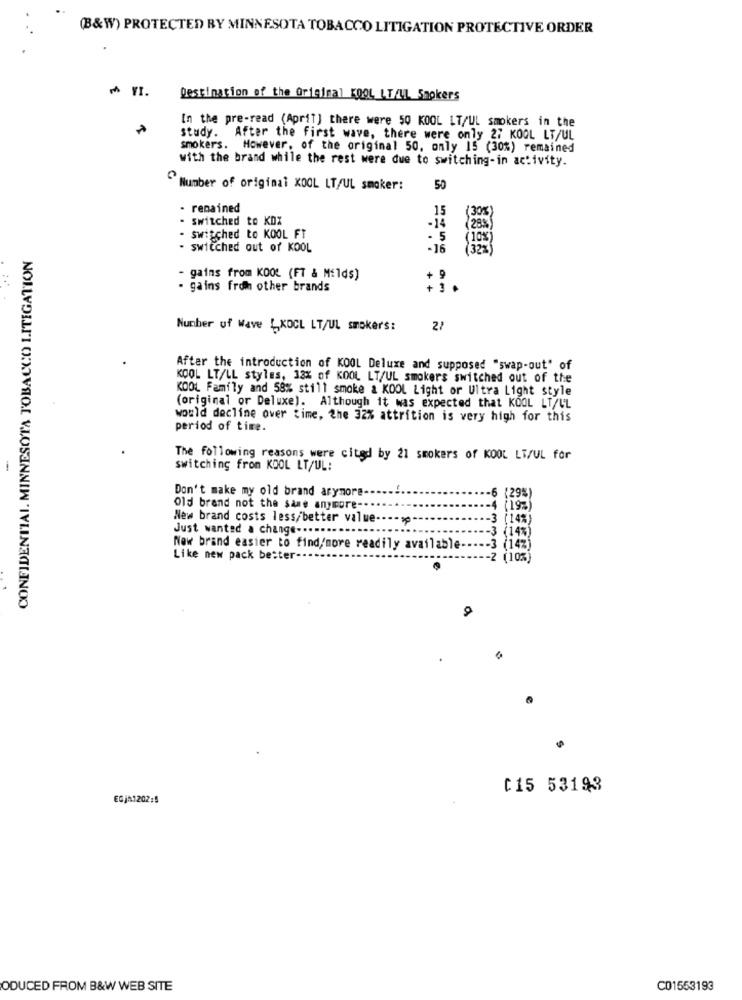
(B&W) PROTECTED BY MINNESOTA TOBACCO LITIGATION PROTECTIVE ORDER
Destination of the Original KOOL L.T/UL_Smokers
In the pre-read (April) there were 50 KOOL LT/UL smokers in the
study. After the first wave, there were only 27 KOGL LT/UL
smokers. However, of the original 50, only 15 (30%) remained
with the brand while the rest were due to switching-in activity.
Number of original XOOL LT/UL smaker:
50
- remained
15
30%
- switched to KDX
-14
- switched to KOOL FT
- 5
CONFIDENTIAL. MINNESOTA TOBACCO LITIGATION
- switched out of KOOL
-16
- gains from KOOL (FT & Milds)
- gains froh other brands
+ +
Number of Wave LKOCL LT/UL smokers:
27
After the introduction of KOOL Deluxe and supposed "swap-out" of
KOOL LT/LL styles, 33% of KOOL LT/UL smokers switched out of the
KOOL Family and 58% still smoke a KOOL Light or Ultra Light style
(original or Deluxe). Although it was expected that KOOL LT/UL
would decline over time, the 32% attrition is very high for this
period of time.
The following reasons were cited by 21 smokers of KOOL LT/UL for
-
switching from KOOL LT/UL:
Don't make my old brand arymore-
-6 (29%)
Old brand not the same anymore-
-4 (19%)
New brand costs less/better value-
(14%)
Just wanted a change .....
--- 3 (14%)
Now brand easier to find/'more readily available ----- 3 (142)
Like new pack bester --
-- 2 (10%)
.
C15 53193
EGJA1202:5
ODUCED FROM B&W WEB SITE
C01553193